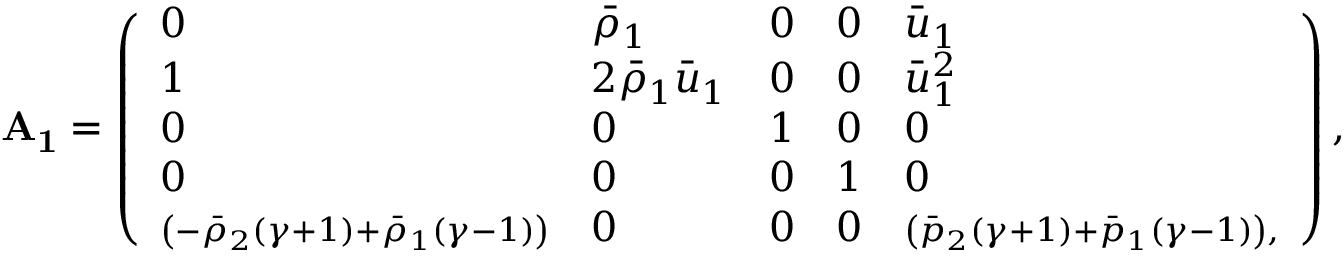
\mathbf { A _ { 1 } } = \left( \begin{array} { l l l l l } { 0 } & { \bar { \rho } _ { 1 } } & { 0 } & { 0 } & { \bar { u } _ { 1 } } \\ { 1 } & { 2 \bar { \rho } _ { 1 } \bar { u } _ { 1 } } & { 0 } & { 0 } & { \bar { u } _ { 1 } ^ { 2 } } \\ { 0 } & { 0 } & { 1 } & { 0 } & { 0 } \\ { 0 } & { 0 } & { 0 } & { 1 } & { 0 } \\ { \scriptstyle \left( - \bar { \rho } _ { 2 } ( \gamma + 1 ) + \bar { \rho } _ { 1 } ( \gamma - 1 ) \right) } & { 0 } & { 0 } & { 0 } & { \scriptstyle \left( \bar { p } _ { 2 } ( \gamma + 1 ) + \bar { p } _ { 1 } ( \gamma - 1 ) \right) , } \end{array} \right) ,